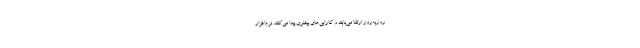
روزبه‌روز ارتقا می‌یابند و کارایی‌های بیشتری پیدا می‌کنند. نرم‌افزار